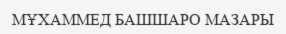
МҰХАММЕД БАШШАРО МАЗАРЫ